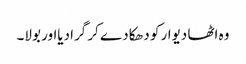
وہ اٹھا دیوار کو دھکا دے کر گرادیااور بولا۔